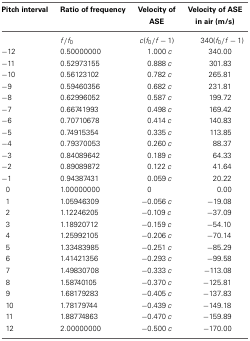
<table><thead><tr><td><b>Pitch interval</b></td><td><b>Ratio of frequency</b></td><td><b>Velocity of ASE</b></td><td><b>Velocity of ASE in air (m/s)</b></td></tr></thead><tbody><tr><td></td><td><i>f</i> / <i>f</i><sub>0</sub></td><td><i>c</i> (<i>f</i><sub>0</sub> / <i>f</i> − 1)</td><td>340 (<i>f</i><sub>0</sub> / <i>f</i> − 1)</td></tr><tr><td>−12</td><td>0.50000000</td><td>1.000 <i>c</i></td><td>340.00</td></tr><tr><td>−11</td><td>0.52973155</td><td>0.888 <i>c</i></td><td>301.83</td></tr><tr><td>−10</td><td>0.56123102</td><td>0.782 <i>c</i></td><td>265.81</td></tr><tr><td>−9</td><td>0.59460356</td><td>0.682 <i>c</i></td><td>231.81</td></tr><tr><td>−8</td><td>0.62996052</td><td>0.587 <i>c</i></td><td>199.72</td></tr><tr><td>−7</td><td>0.66741993</td><td>0.498 <i>c</i></td><td>169.42</td></tr><tr><td>−6</td><td>0.70710678</td><td>0.414 <i>c</i></td><td>140.83</td></tr><tr><td>−5</td><td>0.74915354</td><td>0.335 <i>c</i></td><td>113.85</td></tr><tr><td>−4</td><td>0.79370053</td><td>0.260 <i>c</i></td><td>88.37</td></tr><tr><td>−3</td><td>0.84089642</td><td>0.189 <i>c</i></td><td>64.33</td></tr><tr><td>−2</td><td>0.89089872</td><td>0.122 <i>c</i></td><td>41.64</td></tr><tr><td>−1</td><td>0.94387431</td><td>0.059 <i>c</i></td><td>20.22</td></tr><tr><td>0</td><td>1.00000000</td><td>0</td><td>0.00</td></tr><tr><td>1</td><td>1.05946309</td><td>−0.056 <i>c</i></td><td>−19.08</td></tr><tr><td>2</td><td>1.12246205</td><td>−0.109 <i>c</i></td><td>−37.09</td></tr><tr><td>3</td><td>1.18920712</td><td>−0.159 <i>c</i></td><td>−54.10</td></tr><tr><td>4</td><td>1.25992105</td><td>−0.206 <i>c</i></td><td>−70.14</td></tr><tr><td>5</td><td>1.33483985</td><td>−0.251 <i>c</i></td><td>−85.29</td></tr><tr><td>6</td><td>1.41421356</td><td>−0.293 <i>c</i></td><td>−99.58</td></tr><tr><td>7</td><td>1.49830708</td><td>−0.333 <i>c</i></td><td>−113.08</td></tr><tr><td>8</td><td>1.58740105</td><td>−0.370 <i>c</i></td><td>−125.81</td></tr><tr><td>9</td><td>1.68179283</td><td>−0.405 <i>c</i></td><td>−137.83</td></tr><tr><td>10</td><td>1.78179744</td><td>−0.439 <i>c</i></td><td>−149.18</td></tr><tr><td>11</td><td>1.88774863</td><td>−0.470 <i>c</i></td><td>−159.89</td></tr><tr><td>12</td><td>2.00000000</td><td>−0.500 <i>c</i></td><td>−170.00</td></tr></tbody></table>